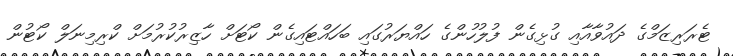
ޓެރަރިޒަމްގެ ދައުވާއާއި ގުޅިގެން ފުލުހުންގެ ހައްޔަރުގައި ބަހައްޓައިގެން ކޯޓަށް ހާޒިރުކުރުމަށް ކްރިމިނަލް ކޯޓުން